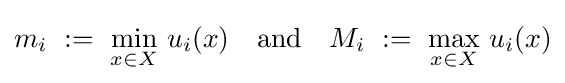
m_{i}\ :=\ \min _{x\in X}\,u_{i}(x)\quad {\text{and}}\quad M_{i}\ :=\ \max _{x\in X}\,u_{i}(x)